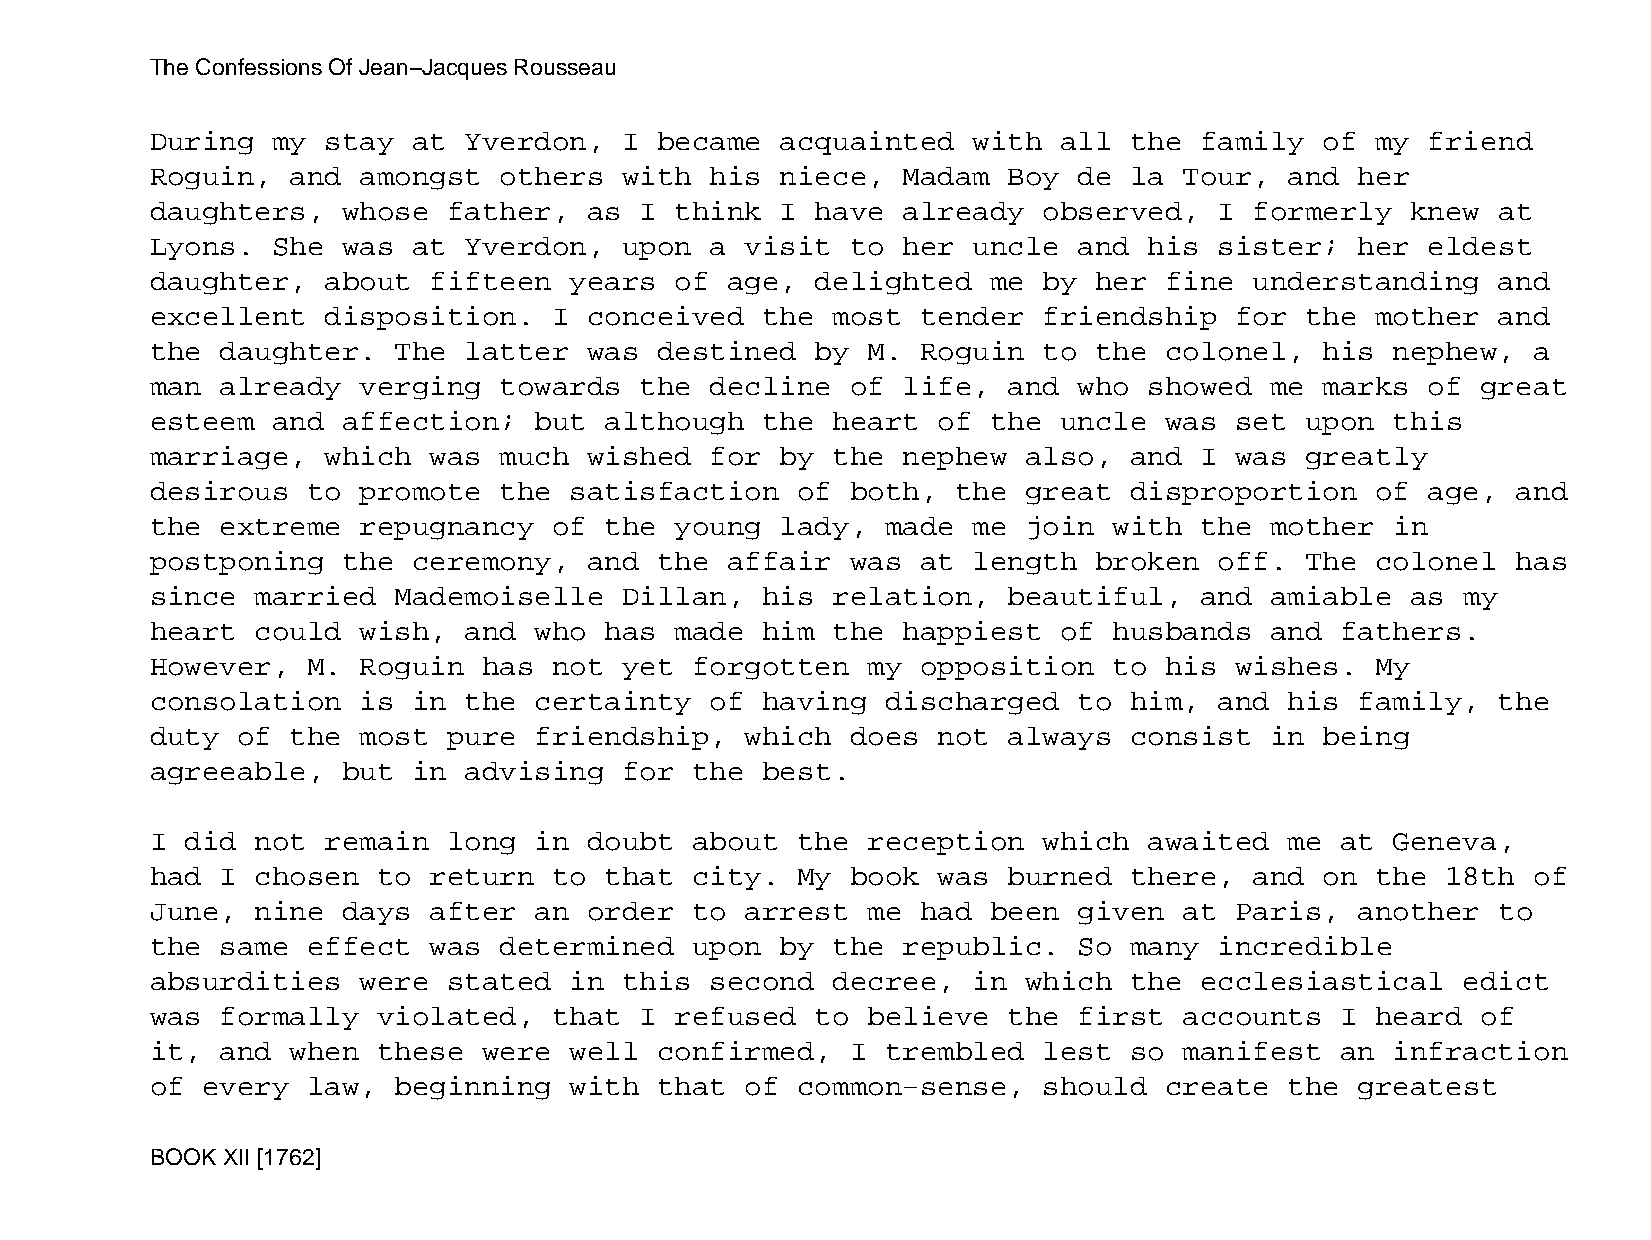
The Confessions Of Jean−Jacques Rousseau
 During  my  stay at  Yverdon,  I  became  acquainted  with  all  the family   of my  friend
 Roguin,  and  amongst  others  with  his  niece,  Madam  Boy de  la Tour,  and  her
 daughters,   whose  father,  as I  think  I have  already  observed,   I formerly  knew  at
 Lyons.  She  was at  Yverdon,  upon  a visit  to  her uncle  and  his  sister;  her  eldest
 daughter,   about fifteen   years  of age,  delighted   me by her  fine  understanding   and
 excellent   disposition.   I conceived  the  most  tender  friendship   for the  mother  and
 the  daughter.  The  latter  was  destined  by M.  Roguin  to the  colonel,   his nephew,  a
 man  already  verging  towards  the  decline  of  life,  and who  showed  me  marks  of great
 esteem  and  affection;  but  although  the  heart  of  the uncle  was  set upon  this
 marriage,   which was  much  wished  for  by the  nephew  also,  and I  was greatly
 desirous  to  promote  the  satisfaction   of both,  the  great  disproportion   of  age, and
 the  extreme  repugnancy   of the  young  lady,  made me  join  with the  mother  in
 postponing   the ceremony,   and  the affair  was  at length  broken   off. The  colonel  has
 since  married  Mademoiselle   Dillan,  his  relation,   beautiful,  and  amiable  as  my
 heart  could  wish,  and who  has  made him  the  happiest  of  husbands  and  fathers.
 However,  M.  Roguin  has  not yet  forgotten  my  opposition   to his  wishes.  My
 consolation   is in  the certainty   of having   discharged  to  him,  and his  family,  the
 duty  of the  most  pure friendship,   which  does  not  always  consist  in  being
 agreeable,   but in  advising  for  the best.
 I did  not  remain  long in  doubt  about  the reception   which  awaited  me  at Geneva,
 had  I chosen  to return   to that  city.  My book  was  burned  there,  and  on the  18th of
 June,  nine  days after  an  order  to arrest  me  had  been given  at  Paris,  another  to
 the  same effect  was  determined   upon  by the  republic.  So  many  incredible
 absurdities   were  stated  in this  second  decree,  in  which  the ecclesiastical    edict
 was  formally  violated,   that I  refused  to believe   the first  accounts   I heard  of
 it,  and when  these  were  well  confirmed,  I  trembled  lest  so manifest   an infraction
 of every  law,  beginning   with  that of  common−sense,   should  create  the  greatest
 BOOK XII [1762]